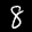
Label: 8